Report on horse surra - Volume II, Part II
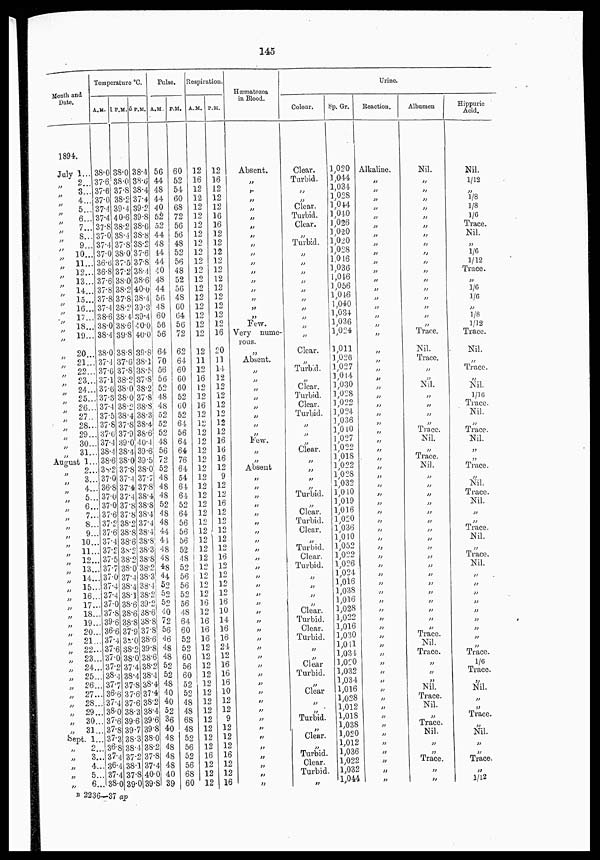
145
Month and
Date
1894.
July 1...
„
2...
„
3...
„ 4...
„ 5...
„ 6...
„ 7...
„ 8...
„
9...
„ 10...
„ 11...
„ 12...
„
13...
„ 14 ...
„ 15...
„ 16...
„
17...
„ 18 ...
„ 19...
„
20...
„
21...
„
22...
„ 23...
„ 24...
„
25...
„ 26...
„ 27...
„ 28...
„ 29...
„ 30 ...
„ 31...
Augustst 1...
„ 2...
„ 3...
„ 4...
„
5...
„ 6...
„ 7...
„
8...
„ 9...
„ 10...
„
11...
„ 12...
„ 13...
„ 14...
„ 15...
„ 16...
„ 17...
„ 18...
„ 19...
„ 20...
„ 21...
„ 22...
„ 23...
„ 24...
„ 25....
„ 26...
„ 27...
„ 28...
„ 29...
„ 30...
„ 31...
Sept... 1
„ 2...
„ 3...
„ 4...
„ 5...
„ 6...
Temperature °C.
A.M.
38.0
37.6
37.6
37.0
37.4
37.4
37.8
37.0
37.4
37.0
36.6
36.8
37.6
37.8
37.8
37.4
38.6
38.0
38.4
38.0 37.4
37.6
37.1
37.6
37.3
37.4
37.5
37.8
37.6
37.4
38.4
38.6
38.2
37.0
36.8
37.0
37.0
37.6
37.2
37.6
37.4
37.2
37.5
37.7
37.0
37.4
37.4
37.0
37.8
39.6
36.6
37.4 37.6
37.0
37.2
38.4
37.7
36.6
37.4
38.0
37.6
37.8
37.3
36.8
37.4
36.4
37.4
38.0
1P.M.
38.0
38.0
37.8
38.2
39.4
40.6
38.2
38.4
37.8
38.0
37.5
37.2
38.0
38.2
37.8
38.2
38.4
38.6
39.8
38.8 37.6
37.8
38.2
38.0
38.0
38.2
38.4
37.8
37.9
39.0
38.4
38.0
37.8
37.4
37.4
37.4
37.8
37.8
38.2
38.8
38.6
38.2
38.2
38.0
37.4
38.4
38.1
38.6
38.6
38.8
37.9
38.0
38.2
38.0
37.4
38.4
37.8
37.6
37.6
38.3
39.6
39.7
38.3
38.4
37.2
38.1
37.8
39.0
5P.M.
38.4
38.6
38.4
37.4
39.2
39.8
38.6
38.8
38.2
37.6
37.8
38.4
38.6
40.0
38.4
39.3
39.4
40.0
40.0
39.8 38.1
38.5
87.8
38.2
37.8
38.8
38.3
38.4
38.6
40.4
39.6
39.5
38.0
37.7
37.8
38.4
38.8
38.4
37.4
38.4
38.8
38.3
38.8
38.2
38.3
38.4
38.2
39.2
38.6
38.6
37.8
38.6
39.8
38.6
38.2
38.4
38.4
37.4
38.2
38.4
39.6
39.8
38.0
38.2
37.8
37.4
40.0
39.8
Pulse.
A.M.
56
44
48
44
40
52
52
44
48
44
44
40
48
44
56
48
60
56
56
64 70
56
56
52
48
48
52
52
52
48
56
72
52
48
48
48
52
48
48
44
44
48
48
48
44
52
52
52
40
72
56
46
48
48
52
52
48
40
40
52
36
40
48
48
48
48
40
39
P.M.
60
52
54
60
68
72
56
56
48
52
56
48
52
56
48
60
64
56
72
62 64
60
60
60
52
60
52
64
56
64
64
76
64
54
64
64
52
64
56
56
56
52
48
52
56
56
52
56
48
64
60
52
52
60
56
60
52
52
48
48
68
48
52
56
52
56
68
60
Respiration.
A.M.
12
16
12
12
12
12
12
12
12
12
12
12
12
12
12
12
12
12
12
12 11
12
16
12
12
16
12
12
12
12
12
12
12
12
12
12
12
12
12
12
12
12
12
12
12
12
12
16
12
16
16
16
12
12
12
12
12
12
12
12
12
12
12
12
16
12
12
12
P.M.
12
16
12
12
12
16
16
12
12
12
12
12
12
12
12
12
12
12
16
20
11
14
12
12
12
12
12
12
12
16
16
16
12
9
12
12
16
12
12
12
12
12
16
12
12
12
12
16
10
14
16
16
24
12
16
16
16
10
12
12
9
12
12
12
16
12
12
16
Hæmatozoa
in Blood.
Absent.
„
„
„
„
„
„
„
„
„
„
„
„
„
„
„
„
Few.
Very nume-
rous.
„
Absent.
„
„
„
„
„
„
„
Few
„
„ Absent
„
„
„
„
„
„
„
„
„
„
„
„
„
„
„
„
„
„
„
„ „
„
„
„
„ „
„
„ „
„
„
„
„
„
„
Colour.
Clear.
Turbid.
„
„
Clear.
Turbid.
Clear.
„
Turbid.
„
„
„
„
„
„
„
„
„
„
Clear.
„
Turbid.
„
Clear.
Turbid.
Clear.
Turbid.
„
„
Clear.
„
„
„
„
Turbid.
„
Clear.
Turbid.
Clear.
„
Turbid.
Clear.
Turbid.
„
„
„
„
Clear.
Turbid.
Clear.
Turbid.
„
„
Clear
Turbid.
„
Clear
„
„
Turbid.
„
Clear.
„
Turbid
Clear.
Turbid
„
Sp. Gr.
1,020
1,044
1,034
1,028
1,044
1,040
1,026
1,020
1,020
1,028
1,016
1,036
1,046
1,056
1,046
1,040
1,034
1,036
1,024
1,011
1,026
1,027
1,014
1,030
1,028
1,022
1,024
1,036
1,040
1,027
1,022
1,018
1,022
1,028
1,032
1,040
1,019
1,016
1,020
1,036
1,040
1,052
1,022
1,026
1,024
1,016
1,038
1,016
1,028
1,022
1,016
1,030
1,041
1,034
1,020
1,032
1,034
1,016
1,028
1,012
1,018
1,038
1,020
1,012
1,036
1,022
1,032
1,044
Urine.
Reaction.
Alkaline.
„
„
„
„
„
„
„
„
„
„
„
„
„
„
„
„
„
„
„
„
„
„
„
„
„
„
„
„
„
„
„
„
„
„
„
„
„
„
„
„
„
„
„
„
„
„
„
„
„
„
„
„
„
„
„
„
„
„
„
„
„
„
„
„
„ „
Albumen
Nil.
„
„
„
„
„
„
„
„
„
„
„
„
„
„
„
„
„
Trace.
Nil.
Trace.
„
„
Nil.
„
„
„
„
Trace.
Nil.
Trace.
Nil.
„
„
„
„
„
„
„
„
„
„
„
„
„
„
„
„
„
Trace.
Nil.
Trace.
„
„
„
Nil.
Trace.
Nil.
„
„
Trace.
Nil.
„
„
Trace.
„ „
Hippuric
Acid.
Nil.
1/12
„
1/8
⅛
1/6
Trace.
Nil.
„
1/6
1/12
Trace.
„
1/6
1/6
„
⅛
1/12
Trace.
Nil.
„
Trace.
„
Nil.
1/16
Trace.
Nil.
„
Trace.
Nil.
„
Trace. „
„
Nil.
Trace.
Nil.
„
Trace.
Nil. „
Trace.
Nil.
„
„
„
„
„
„
„
„
„
Trace.
1/6
Trace.
„
Nil.
„
„
Trace.
„
Nil.
„
„
Trace.
„ 1/12
B 2236—37 ap